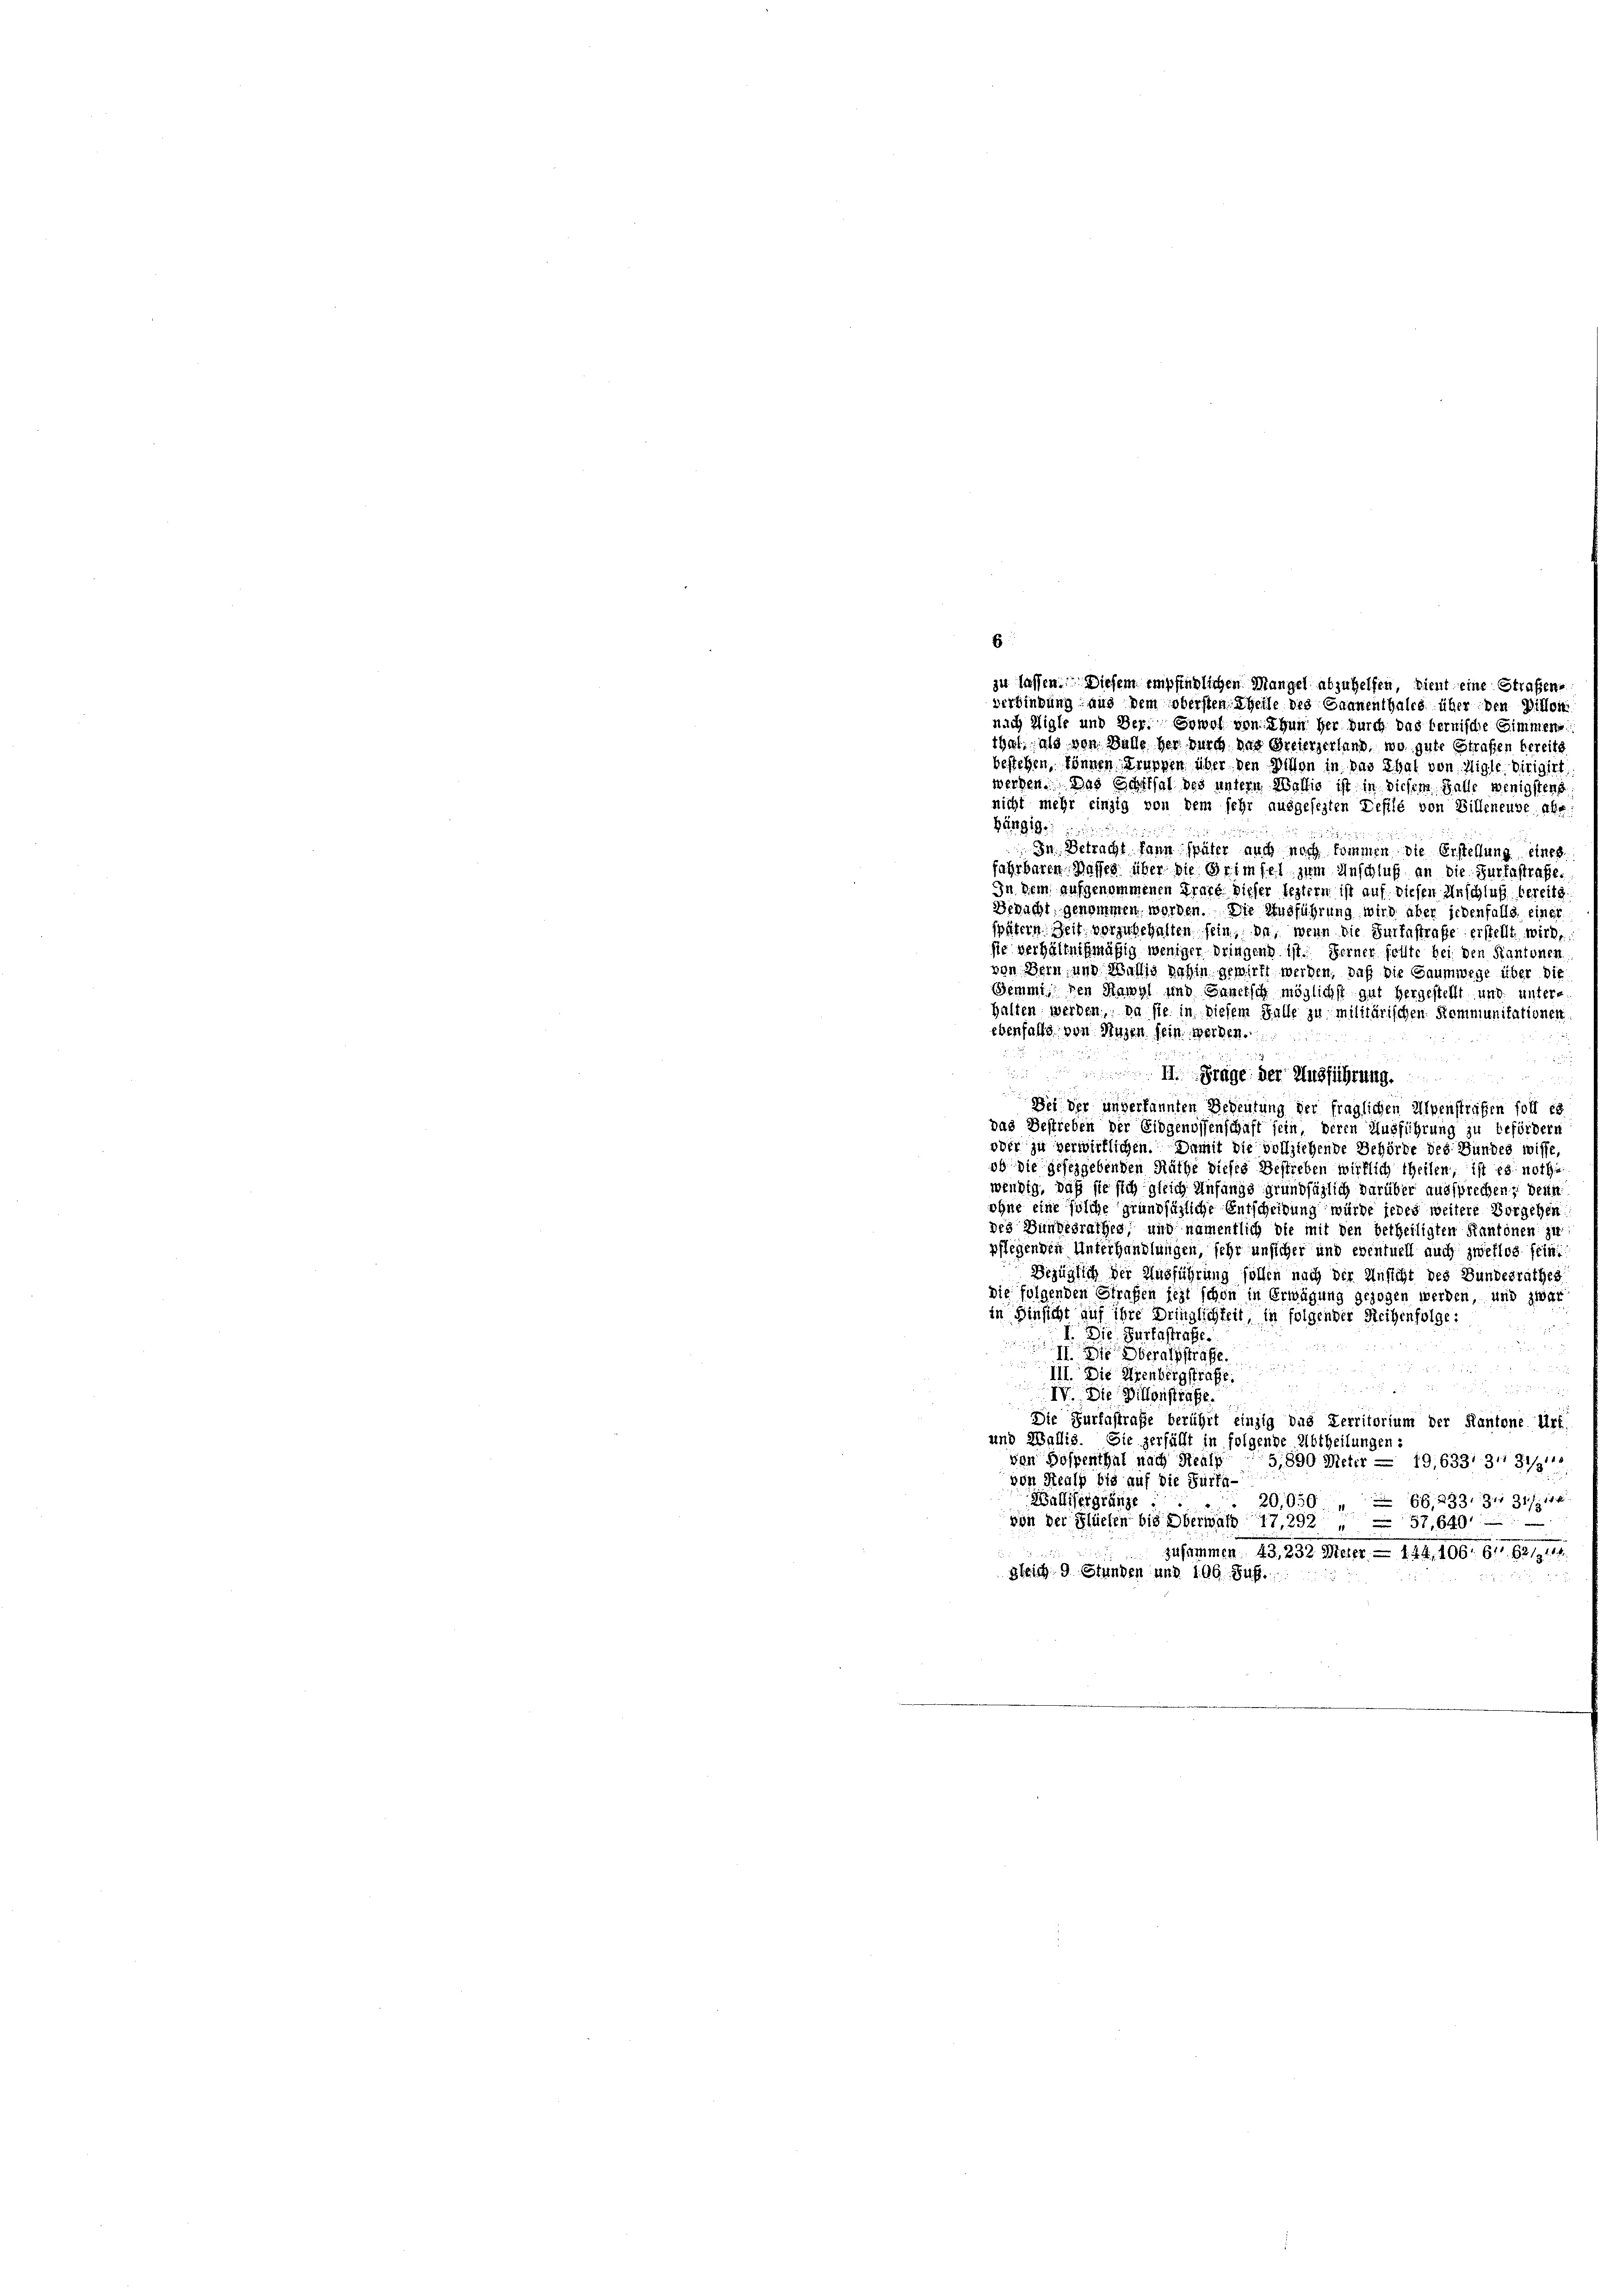
bestehen, können Truppen über den Willen in das Thal von Aigle dirigirt.
werden. Das Schiffal des untern Waltig ist in diesem Falle wenigstens
nicht mehr einzig von dem sehr ausgesezten Defile von Billeneube abe
hängige
In Betracht kann später auch noch kommen die Erstellung eines
fahrbaren. Wasses über die Briefel zum Anschluß an die Gurtastrafe.
In dem aufgenommenen Grafe dieser leztern ist auf diesen Anschluß bereite
Bedacht genommen worden. Die Ausführung wird aber jedenfalls einer
spätern Zeit vorzubehalten sein, da, wenn die Surbestrafe erstellt wird,
sie verhältnißmäßig weniger bringens ist. Ferner sollte bei den Kantonen
von Bern und Wallig nahin gewirkt werden, daß die Saumwege über die
Bemmi den Hawyl und Innersch möglichst gut hergestellt und unterhalten werden, da sie in diesem Falle zu militärischen Remmunitationen
ebenfalls von Hagen sein werden.
u

 II. Frage der Ausführung.

Del der unverkannten Bedeutung der fraglichen Alpenstrafen soll es
das Bestreben der Eidgenossenschaft sein, deren Ausführung zu befördern
over zu verwirklichen. Damit die vollziehende Behörde des Bundes wisse,
ob die gefeggebenden Räthe dieses Bestreben wirklich theilen, ist es nothawendig, daß sie sich gleich Anfangs grundsäglich darüber aussprechen? Dein
ohne eine solche grundsätzliche Entscheidung würde jedes weitere Vorgehen
des Bundesrathes, und namentlich die mit den betheiligten Kantonen zu
pflegenden Unterhandlungen, sehr unsicher und eventuell auch zweflog sein.
Bezüglich der Ausführung sollen nach der Ansicht des Bundesrathes
die folgenden Strafen feit schon in Erwägung gezogen werden, und zwar
in Hinsicht auf ihre Dringlichkeit, in folgender Reihenfolge:
Die Furtastrafe.
eggstrafe

III. Die Urenbergstrafe.
n
 Die Billonstrafe.
Die Furfestraße berührt einzig das Territorium der Kantone Urt
und Wallis. Sie zerfällt in folgende Abtheilungen i
von Bospenthal nach Realp
5,890 Meter — 19,6331 3' 311
von Strals bis auf die Fürta-
Wallisergränze
6G,233, 31131/114
20,050
von der Flüefen bis Oberwald 17, 292
57,640
zusammen 43, 232 Meter — 114, 106. 61. 62/114
gleich 9 Stunden und 196. Sus.

s
zu lassen. Diesem empfindlichen Mangel abzuhelfen, dient eine Strafens
verbindung aus dem obersten Theile des Saanenthales über den Billon
nach Higle und Der. Sowol von Thun her durch das fernische Gimmene
thut, als von Balle her durch das Greierzerlang, wo gute Strafen bereits